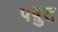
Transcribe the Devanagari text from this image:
पष़ुत